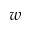
w